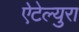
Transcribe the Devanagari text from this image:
ऐटेल्युरा